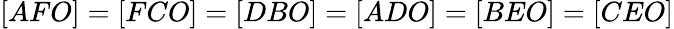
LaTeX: [AFO]=[FCO]=[DBO]=[ADO]=[BEO]=[CEO]